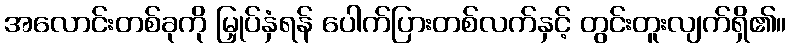
အလောင်းတစ်ခုကို မြှုပ်နှံရန် ပေါက်ပြားတစ်လက်နှင့် တွင်းတူးလျက်ရှိ၏။